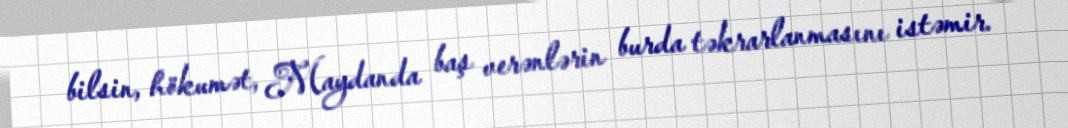
bilsin, hökumət, Maydanda baş verənlərin burda təkrarlanmasını istəmir.